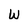
Character: W